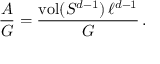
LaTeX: \frac { A } { G } = \frac { \mathrm { v o l } ( S ^ { d - 1 } ) \, \ell ^ { d - 1 } } { G } \, .